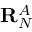
\mathbf { R } _ { N } ^ { A }